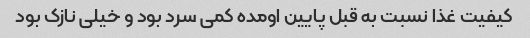
کیفیت غذا نسبت به قبل پایین اومده کمی سرد بود و خیلی نازک بود